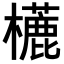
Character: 𣞓